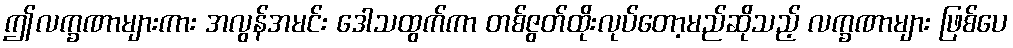
ဤလက္ခဏာများကား အလွန်အမင်း ဒေါသထွက်ကာ တစ်ဇွတ်ထိုးလုပ်တော့မည်ဆိုသည့် လက္ခဏာများ ဖြစ်ပေ